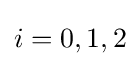
i=0,1,2